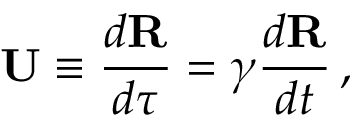
\mathbf { U } \equiv { \frac { d \mathbf { R } } { d \tau } } = \gamma { \frac { d \mathbf { R } } { d t } } \, ,